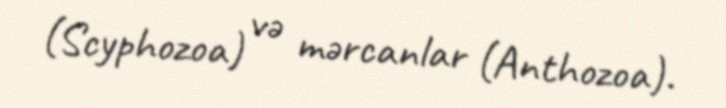
(Scyphozoa) və mərcanlar (Anthozoa).